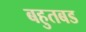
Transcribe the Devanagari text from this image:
बहुतबड